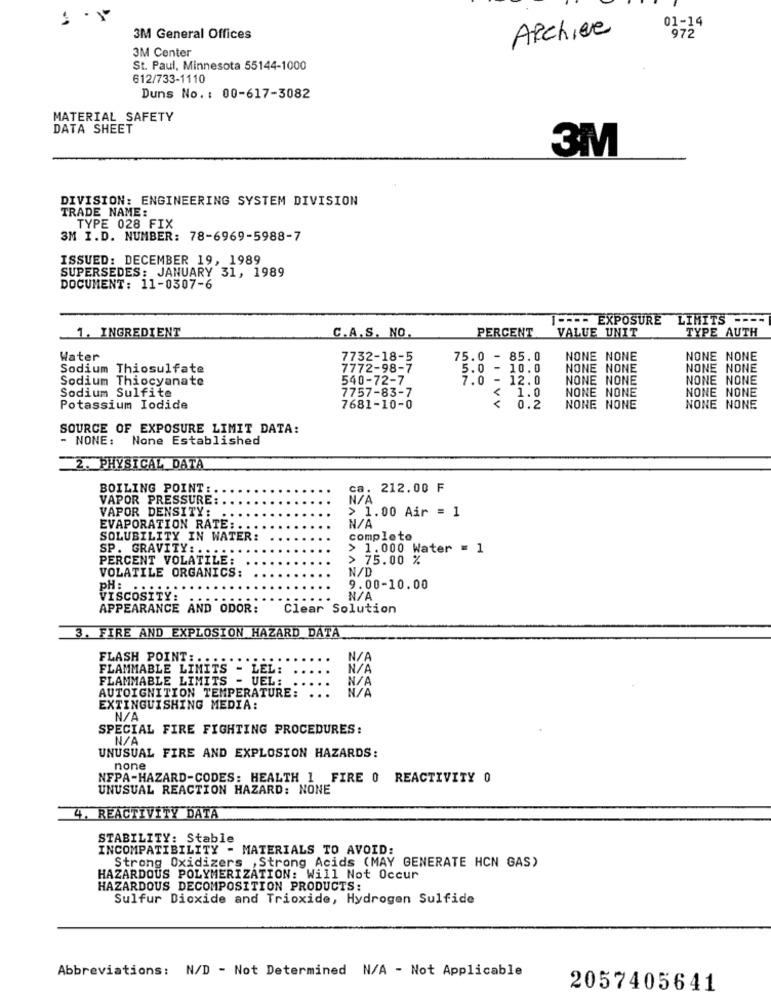
01-14
Archive
3M General Offices
972
3M Center
St. Paul, Minnesota 55144-1000
612/733-1110
Duns No. : 00-617-3082
MATERIAL SAFETY
DATA SHEET
3M
DIVISION: ENGINEERING SYSTEM DIVISION
TRADE NAME:
TYPE 028 FIX
3M I.D. NUMBER: 78-6969-5988-7
ISSUED: DECEMBER 19, 1989
SUPERSEDES: JANUARY 31, 1989
DOCUMENT: 11-0307-6
1 ---- EXPOSURE LIMITS ----
1. INGREDIENT
PERCENT
VALUE UNIT
TYPE AUTH
C.A.S. NO.
Water
7732-18-5
75.0 - 85.0
NONE NONE
NONE NONE
Sodium Thiosulfate
7772-98-7
5.0 - 10.0
NONE NONE
NONE NONE
Sodium Thiocyanate
540-72-7
7.0
12.0
NONE NONE
NONE NONE
7757-83-7
NONE NONE
Sodium Sulfite
<
IIIVV
1.0
NONE NONE
Potassium Iodide
7681-10-0
0.2
NONE NONE
NONE NONE
SOURCE OF EXPOSURE LIMIT DATA:
- NONE: None Established
2. PHYSICAL DATA
BOILING POINT :.
ca. 212.00 F
VAPOR PRESSURE:
VAPOR DENSITY:
> 1.00 Air = 1
...
EVAPORATION RATE: ...
SOLUBILITY IN WATER:
complete
SP. GRAVITY: .....
> 1.000 Water = 1
PERCENT VOLATILE:
> 75.00 %
VOLATILE ORGANICS:
N/D
pH: .. ..
9.00-10.00
VISCOSITY:
APPEARANCE AND ODOR:
Clear Solution
3. FIRE AND EXPLOSION HAZARD DATA
FLASH POINT :.
FLAMMABLE LIMITS - LEL: ..
FLAMMABLE LIMITS - UEL:
AUTOIGNITION TEMPERATURE: ...
EXTINGUISHING MEDIA:
SPECIAL FIRE FIGHTING PROCEDURES:
UNUSUAL FIRE AND EXPLOSION HAZARDS:
none
NFPA-HAZARD-CODES: HEALTH 1 FIRE 0 REACTIVITY 0
UNUSUAL REACTION HAZARD: NONE
4. REACTIVITY DATA
STABILITY: Stable
INCOMPATIBILITY - MATERIALS TO AVOID:
Strong Oxidizers , Strong Acids (MAY GENERATE HCN GAS)
HAZARDOUS POLYMERIZATION: Will Not Occur
HAZARDOUS DECOMPOSITION PRODUCTS:
Sulfur Dioxide and Trioxide, Hydrogen Sulfide
Abbreviations: N/D - Not Determined N/A - Not Applicable
2057405641